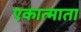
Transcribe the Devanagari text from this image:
एकात्माता